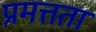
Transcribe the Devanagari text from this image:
प्रमत्तता